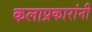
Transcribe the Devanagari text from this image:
कलाप्रकारांनी